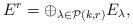
LaTeX: \begin{align*}E^r = \oplus_{\lambda\in \mathcal{P}(k,r)} E_\lambda,\end{align*}